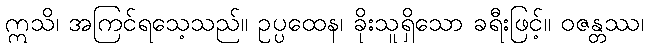
ဣသိ၊ အကြင်ရသေ့သည်။ ဥပ္ပထေန၊ ခိုးသူရှိသော ခရီးဖြင့်။ ဝဇန္တဿ၊